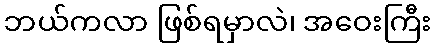
ဘယ်ကလာ ဖြစ်ရမှာလဲ၊ အဝေးကြီး